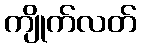
ကျိုက်လတ်